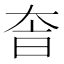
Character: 𡘐